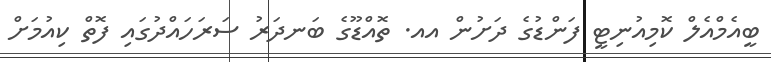
ބީއެމްއެލް ކޮމިއުނިޓީ ފަންޑުގެ ދަށުން އއ. ތޮއްޑޫގެ ބަނދަރު ސަރަހައްދުގައި ފޮތް ކިއުމަށް